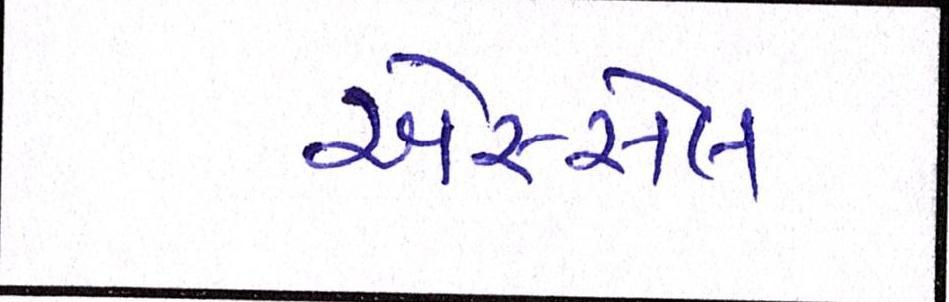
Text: એસ્સેલ